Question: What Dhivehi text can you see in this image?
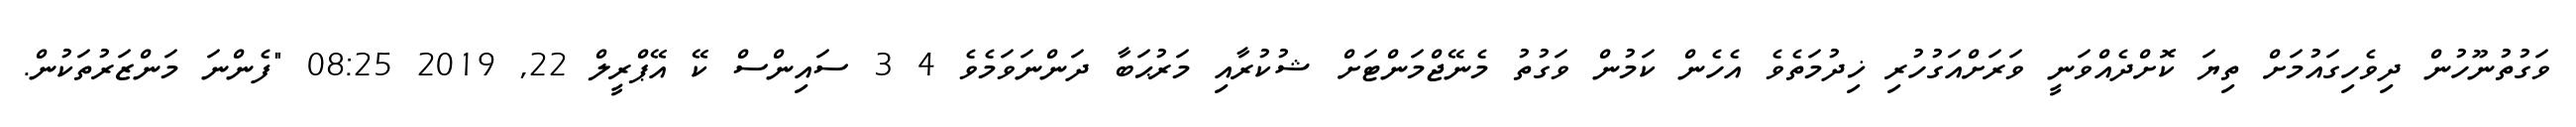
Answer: ވަގުތުނޫހުން ދިވެހިގައުމަށް ތިޔަ ކޮށްދެއްވަނީ ވަރަށްއަގުހުރި ޚިދުމަތެވެ އެހެން ކަމުން ވަގުތު މެނޭޖްމަންޓަށް ޝުކުރާއި މަރުޙަބާ ދަންނަވަމެވެ 4 3 ސައިންސް ކޭ އޭޕްރީލް 22, 2019 08:25 "ފެންނަ މަންޒަރުތަކުން.